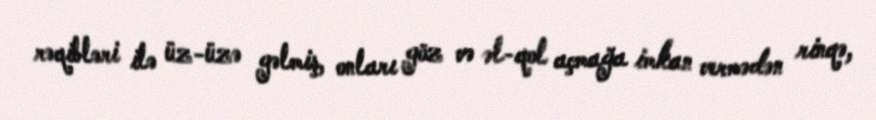
rəqibləri ilə üz-üzə gəlmiş, onları göz və əl-qol açmağa imkan vermədən rinqə,